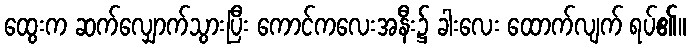
ထွေးက ဆက်လျှောက်သွားပြီး ကောင်ကလေးအနီး၌ ခါးလေး ထောက်လျက် ရပ်၏။